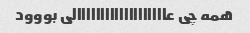
همه چی عااااااااااااااااااالی بووود